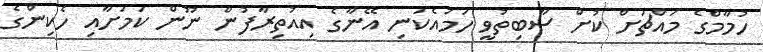
ހުމާމްގެ މައްޗަށް ކުށް ސާބިތުވީ ހަމައެކަނި އޭނާގެ އިއުތިރާފުން ނޫން ކަމަށާއި ހެކިންގެ